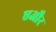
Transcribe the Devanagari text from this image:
एऔर